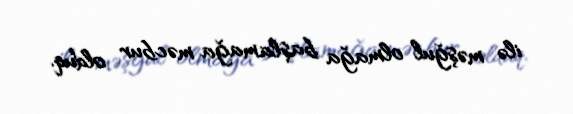
ilə məşğul olmağa başlamağa məcbur olduq.